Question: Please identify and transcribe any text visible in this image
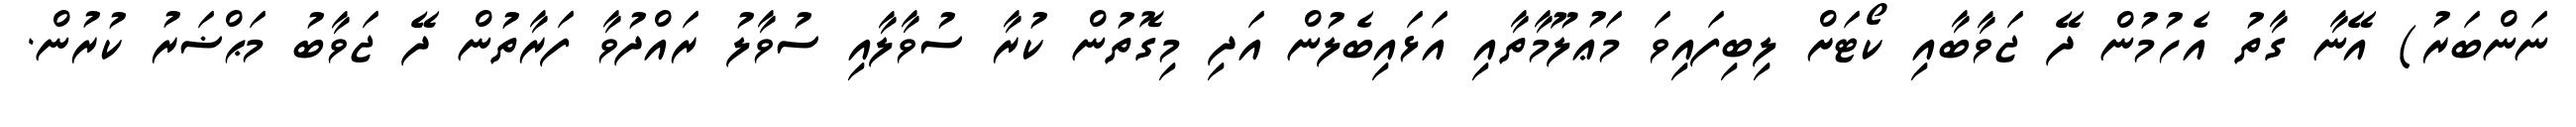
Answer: ނަންބަރު) އޭނާ ގާތު އެހުމުން ދޭ ޖަވާބާއި ކޯޓަށް ލިބިފައިވަ މަޢުލޫމާތާއި އަޅައިބެލުން އަދި މިގޮތުން ކުރާ ސުވާލާއި ސުވާލު ރައްދުވާ ފަރާތުން ދޭ ޖަވާބު މަޙްޟަރު ކުރުން.